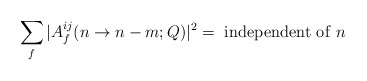
\begin{align*}\sum_{f} |A^{ij}_{f} (n \to n-m;Q)|^2 = {\rm~independent~ of~}n\end{align*}